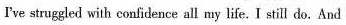
I've struggled with confidence all my life. I still do. And